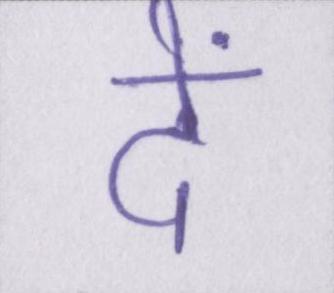
दें